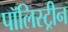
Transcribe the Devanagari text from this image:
पॉलिस्ट्रीन